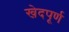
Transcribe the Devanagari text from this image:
खेदपूर्ण